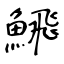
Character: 𩹉